Annual report on the mental hospital in the Central Provinces and Berar (Nagpur) - 1927-1951
Year: 1927
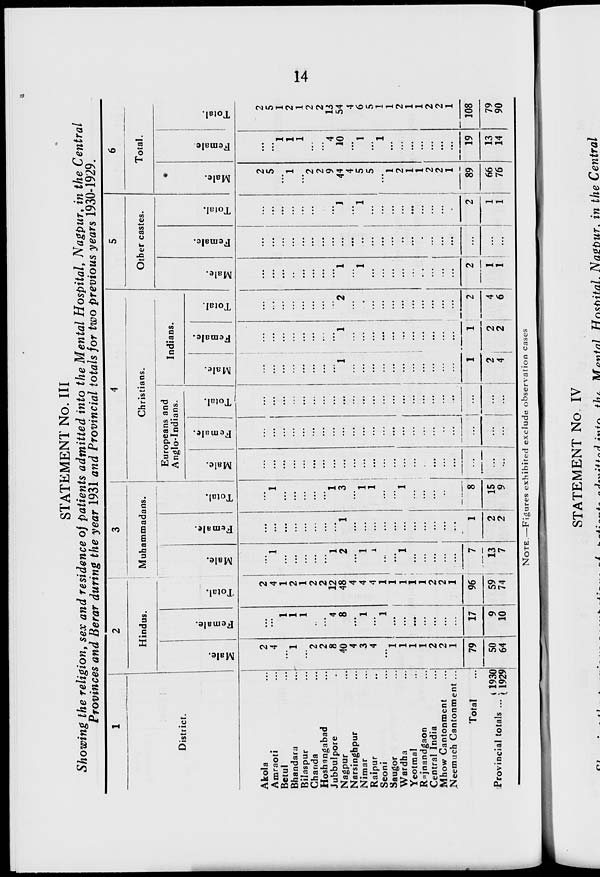
14
STATEMENT No. III
Showing the religion, sex and residence of patients admitted into the Mental Hospital, Nagpur, in the Central
Provinces and Berar during the year 1931 and Provincial totals for two previous years 1930-1929.
1
District.
Akola ...
Amraoti ...
Betul ...
Bhandara ...
Bilaspur ...
Chanda ...
Hoshangabad ...
Jubbulpore ...
Nagpur ...
Narsinghpur ...
Nimar ...
Raipur ...
Seoni ...
Saugor ...
Wardha ...
Yeotmal ...
Rajnandgaon ...
Central India ...
Mhow Cantonment ...
Neemuch Cantonment ...
Total ...
Provincial totals ... 1930
1929
2
Hindus.
Male.
2
4
...
1
...
2
2
8
40
4
3
4
...
1
1
1
1
2
2
1
79
50
64
Female.
...
...
1
1
1
...
...
4
8
...
1
...
1
...
...
...
...
...
...
...
17
9
10
Total.
2
4
1
2
1
2
2
12
48
4
4
4
1
1
1
1
1
2
2
1
96
59
74
3
Muhammadans.
Male.
...
1
...
...
...
...
...
1
2
...
1
1
...
...
1
...
...
...
...
...
7
13
7
Female.
...
...
...
...
...
...
...
...
1
...
...
...
...
...
...
...
...
...
...
...
1
2
2
Total.
...
1
...
...
...
...
...
1
3
...
1
1
...
...
1
...
...
...
...
...
8
15
9
4
Christians.
Europeans and
Anglo-Indians.
Male.
...
...
...
...
...
...
...
...
...
...
...
...
...
...
...
...
...
...
...
...
...
...
...
Female.
...
...
...
...
...
...
...
...
...
...
...
...
...
...
...
...
...
...
...
...
...
...
...
Total.
...
...
...
...
...
...
...
...
...
...
...
...
...
...
...
...
...
...
...
...
...
...
...
Indians.
Male.
...
...
...
...
...
...
...
...
1
...
...
...
...
...
...
...
...
...
...
...
1
2
4
Female.
...
...
...
...
...
...
...
...
1
...
...
...
...
...
...
...
...
...
...
...
1
2
2
Total.
...
...
...
...
...
...
...
...
2
...
...
...
...
...
...
...
...
...
...
...
2
4
6
5
Other castes.
Male.
...
...
...
...
...
...
...
...
1
...
1
...
...
...
...
...
...
...
...
...
2
1
1
Female.
...
...
...
...
...
...
...
...
...
...
...
...
...
...
...
...
...
...
...
...
...
...
...
Total.
...
...
...
...
...
...
...
...
1
...
1
...
...
...
...
...
...
...
...
...
2
1
1
6
Total.
Male.
2
5
...
1
...
2
2
9
44
4
5
5
...
1
2
1
1
2
2
1
89
66
76
Female.
...
...
1
1
1
...
...
4
10
...
1
...
1
...
...
...
...
...
...
...
19
13
14
Total.
2
5
1
2
1
2
2
13
54
4
6
5
1
1
2
1
1
2
2
1
108
79
90
NOTE.—Figures exhibited exclude observation cases